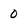
Character: 0